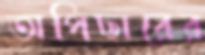
অপিছারের